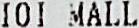
IOI MALL